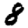
Digit: 8